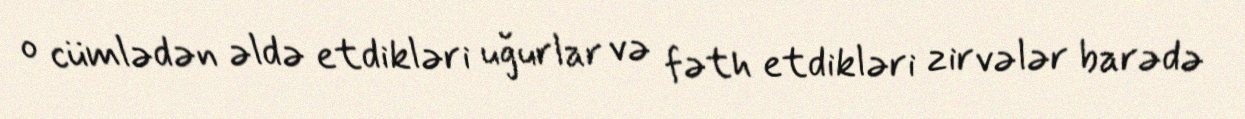
o cümlədən əldə etdikləri uğurlar və fəth etdikləri zirvələr barədə